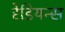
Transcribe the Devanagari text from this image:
रेडियन्स